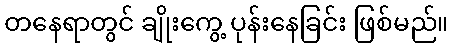
တနေရာတွင် ချိုးကွေ့ ပုန်းနေခြင်း ဖြစ်မည်။